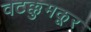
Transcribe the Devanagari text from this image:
वटक्कुमकूर